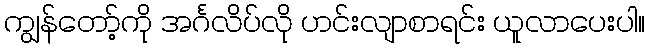
ကျွန်တော့်ကို အင်္ဂလိပ်လို ဟင်းလျာစာရင်း ယူလာပေးပါ။